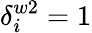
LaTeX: \delta_{i}^{w2}=1